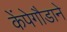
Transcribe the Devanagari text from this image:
केंपेगौडाने